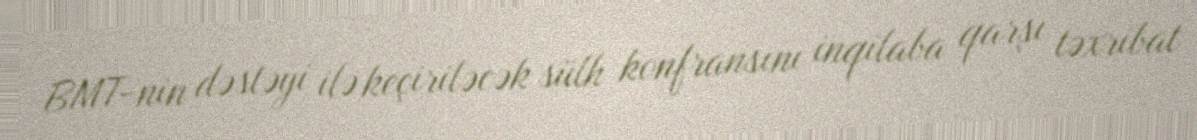
BMT-nin dəstəyi ilə keçiriləcək sülh konfransını inqilaba qarşı təxribat